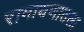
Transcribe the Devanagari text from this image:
रामायणातला